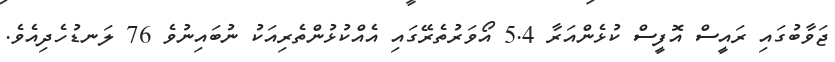
ޖަވާބުގައި ރައީސް އޮފީސް ކުޅެންއަރާ 5.4 އޯވަރުތެރޭގައި އެއްކުޅުންތެރިއަކު ނުބައިނުވެ 76 ލަނޑުހެދިއެވެ.